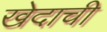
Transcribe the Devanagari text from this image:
खेदाची